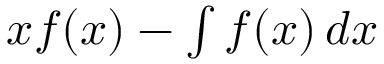
x f ( x ) - \textstyle \int f ( x ) \, d x